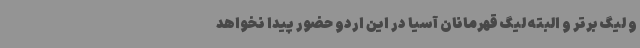
و لیگ برتر و البته لیگ قهرمانان آسیا در این اردو حضور پیدا نخواهد